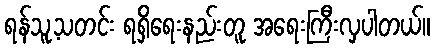
ရန်သူ့သတင်း ရရှိရေးနည်းတူ အရေးကြီးလှပါတယ်။